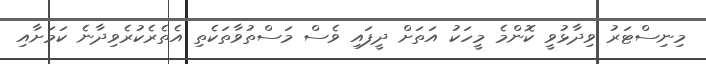
މިނިސްޓަރު ވިދާޅުވީ ކޮންމެ މީހަކު އަތަށް ދީފައި ވެސް މަސްތުވާތަކެތި އެތެރެކުރެވިދާނެ ކަމަށާއި